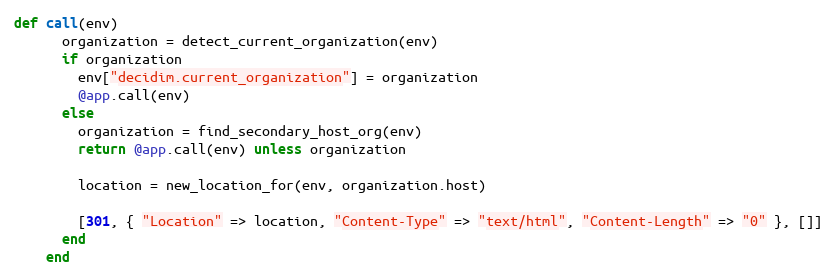
Language: Ruby
def call(env)
      organization = detect_current_organization(env)
      if organization
        env["decidim.current_organization"] = organization
        @app.call(env)
      else
        organization = find_secondary_host_org(env)
        return @app.call(env) unless organization

        location = new_location_for(env, organization.host)

        [301, { "Location" => location, "Content-Type" => "text/html", "Content-Length" => "0" }, []]
      end
    end